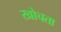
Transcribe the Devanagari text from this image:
खोचता